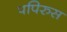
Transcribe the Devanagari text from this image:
पपिरुस